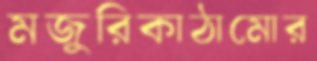
মজুরিকাঠামোর